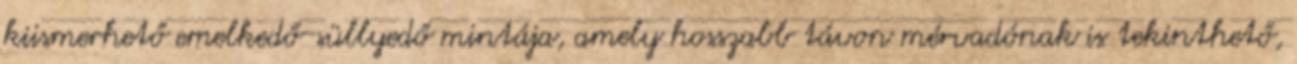
kiismerhető emelkedő-süllyedő mintája, amely hosszabb távon mérvadónak is tekinthető,